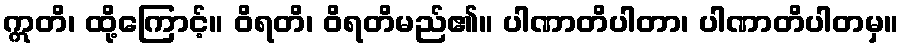
ဣတိ၊ ထို့ကြောင့်။ ဝိရတိ၊ ဝိရတိမည်၏။ ပါဏာတိပါတာ၊ ပါဏာတိပါတမှ။